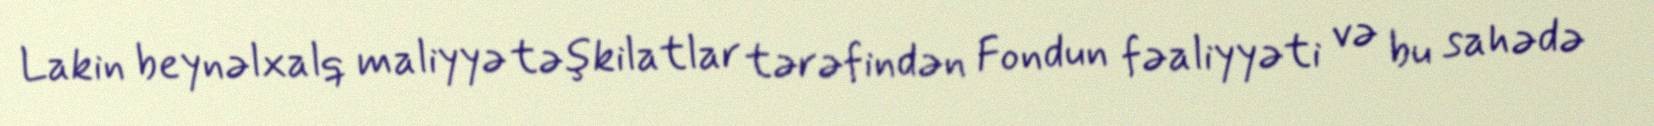
Lakin beynəlxalq maliyyə təşkilatlar tərəfindən Fondun fəaliyyəti və bu sahədə